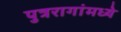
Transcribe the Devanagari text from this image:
पुत्ररागांमध्ये